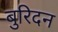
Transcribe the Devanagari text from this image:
बुरिदन